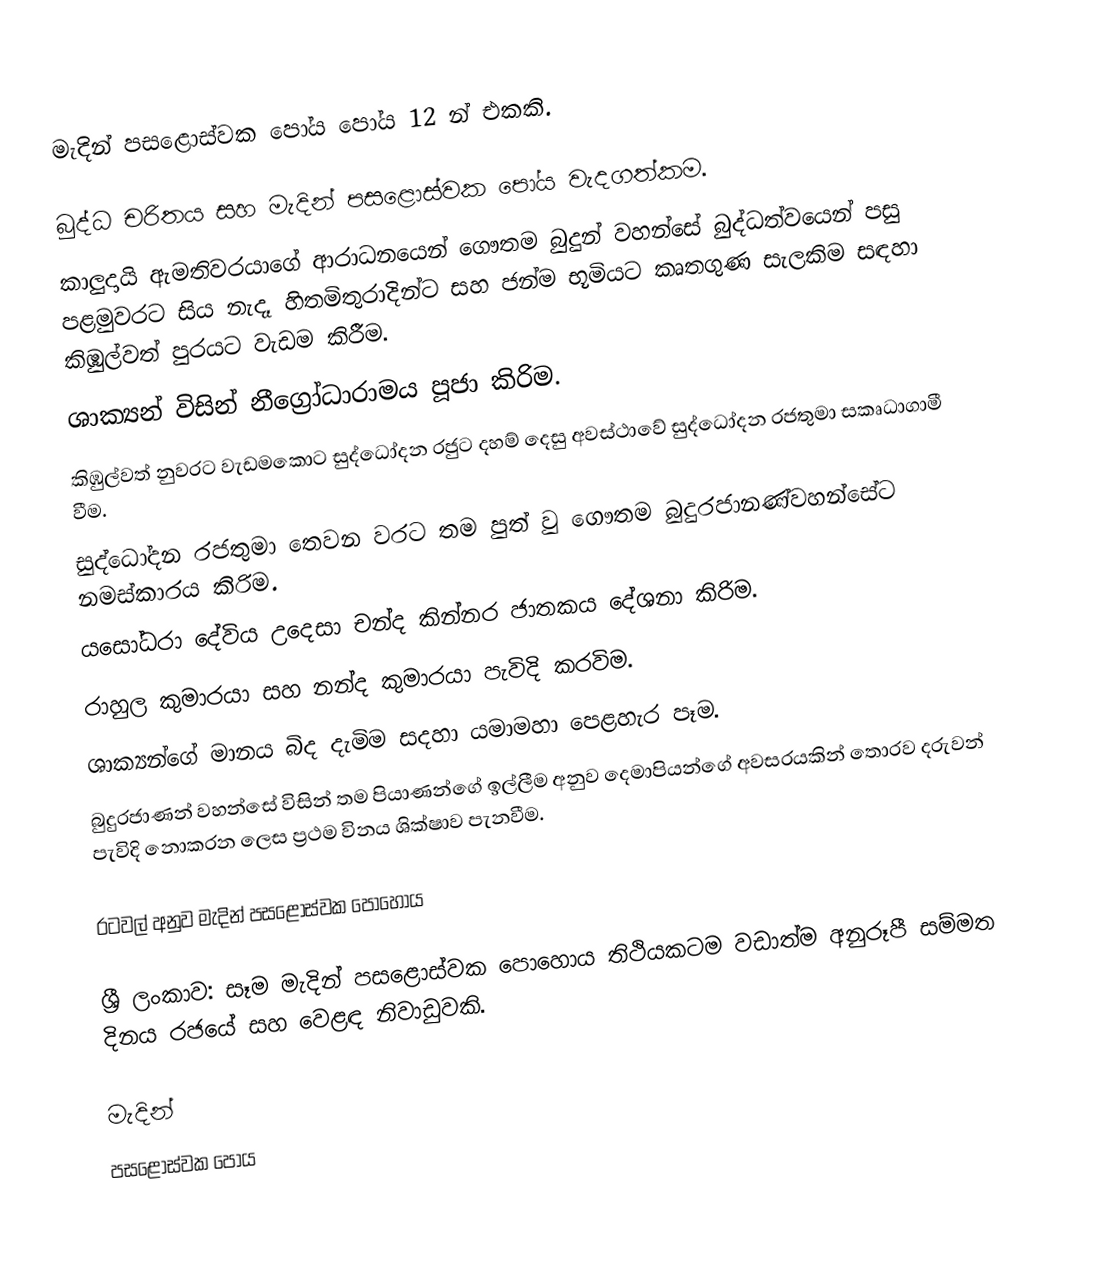
මැදින් පසළොස්වක පෝය පෝය 12 න් එකකි.

බුද්ධ චරිතය සහ මැදින් පසළොස්වක පෝය වැදගත්කම.
කාලුදායි ඇමතිවරයාගේ ආරාධනයෙන් ගෞතම බුදුන් වහන්සේ බුද්ධත්වයෙන් පසු පළමුවරට සිය නැදෑ හිතමිතුරාදින්ට සහ ජන්ම භූමියට කෘතගුණ සැලකිම සඳහා කිඹුල්වත් පුරයට වැඩම කිරීම.
ශාක්‍යන් විසින් නීග්‍රෝධාරාමය පූජා කිරිම.
කිඹුල්වත් නුවරට වැඩමකොට සුද්ධෝදන රජුට දහම් දෙසු අවස්ථාවේ සුද්ධෝදන රජතුමා සකෘධාගාමී වීම.
සුද්ධෝදන රජතුමා තෙවන වරට තම පුත් වු ගෞතම බුදුරජානණ්වහන්සේට නමස්කාරය කිරිම.
යසෝධරා දේවිය උදෙසා චන්ද කින්නර ජාතකය දේශනා කිරිම.
රාහුල කුමාරයා සහ නන්ද කුමාරයා පැවිදි කරවිම.
ශාක්‍යන්ගේ මානය බිද දැමිම සදහා යමාමහා පෙළහැර පෑම.
බුදුරජාණන් වහන්සේ විසින් තම පියාණන්ගේ ඉල්ලීම අනුව දෙමාපියන්ගේ අවසරයකින් තොරව දරුවන් පැවිදි නොකරන ලෙස ප්‍රථම විනය ශික්ෂාව පැනවීම.

රටවල් අනුව මැදින් පසළොස්වක පොහොය

 ශ්‍රී ලංකාව: සෑම මැදින් පසළොස්වක පොහොය තිථියකටම වඩාත්ම අනුරූපී සම්මත දිනය රජයේ සහ වෙළඳ නිවාඩුවකි.

මැදින්
පසළොස්වක පෝය